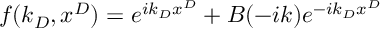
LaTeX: f ( k _ { D } , x ^ { D } ) = e ^ { i k _ { D } x ^ { D } } + B ( - i k ) e ^ { - i k _ { D } x ^ { D } }